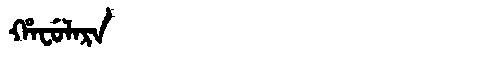
Manchu: ᡥᠠᠸᡠᠯᠠᡵᠠ
Romanization: HAFULARA